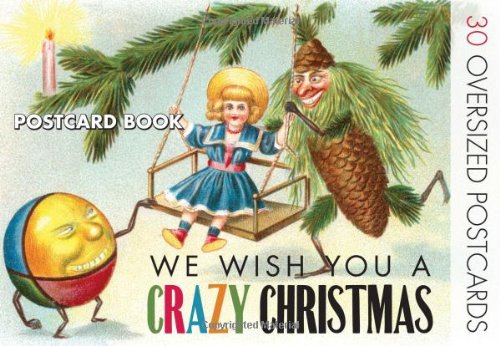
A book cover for We Wish You A Crazy Christmas: Strange Christmas Cards Postcard Book; Crafts, Hobbies & Home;